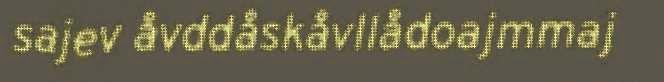
sajev åvddåskåvllådoajmmaj